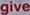
give